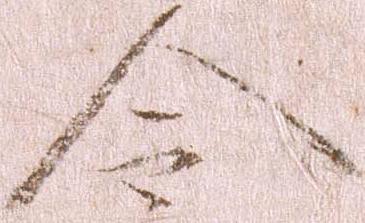
令